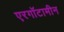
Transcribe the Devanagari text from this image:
एरगॉटामीन